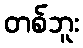
တစ်ဘူး